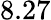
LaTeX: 8.27